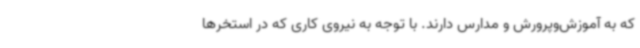
که به آموزش‌وپرورش و مدارس دارند. با توجه به نیروی کاری که در استخرها